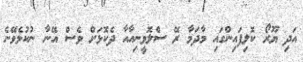
އަދި ޔޫރޯ ކޮލިފައިންގައި މާދަމާ ރޭ ސްލޮވީނިއާއާ ދެކޮޅަށް ވެސް އޭނާ ނުކުޅެވޭނެ